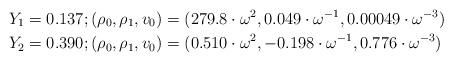
LaTeX: \begin{align*}Y_{1} & =0.137;(\rho_{0},\rho_{1},v_{0})=(279.8\cdot\omega^{2},0.049\cdot\omega^{-1},0.00049\cdot\omega^{-3})\\Y_{2} & =0.390;(\rho_{0},\rho_{1},v_{0})=(0.510\cdot\omega^{2},-0.198\cdot\omega^{-1},0.776\cdot\omega^{-3})\end{align*}